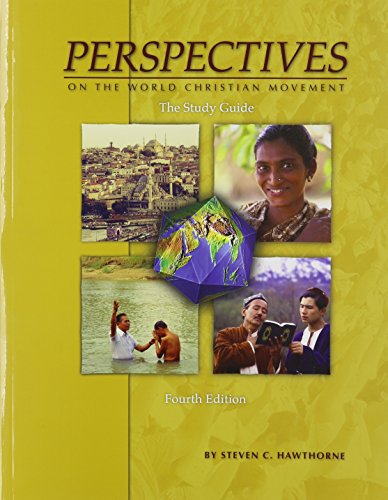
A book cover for Perspectives Study Guide 4th; WINTER RALPH; Christian Books & Bibles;